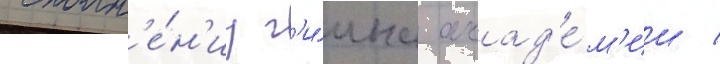
исполн'е́н'иу г'и́мна акад'е́м'ии /